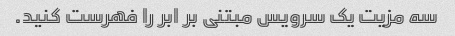
سه مزیت یک سرویس مبتنی بر ابر را فهرست کنید.